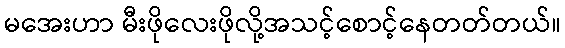
မအေးဟာ မီးဖိုလေးဖိုလို့အသင့်စောင့်နေတတ်တယ်။